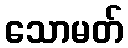
သောမတ်